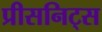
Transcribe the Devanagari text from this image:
प्रीसनिट्स